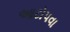
આટોપવા